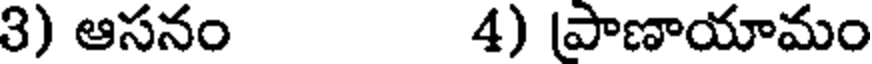
3) ఆసనం 4) పాణాయామం